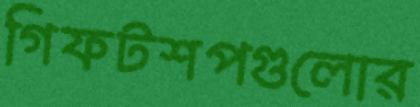
গিফটশপগুলোর